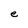
Character: e